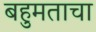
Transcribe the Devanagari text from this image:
बहुमताचा